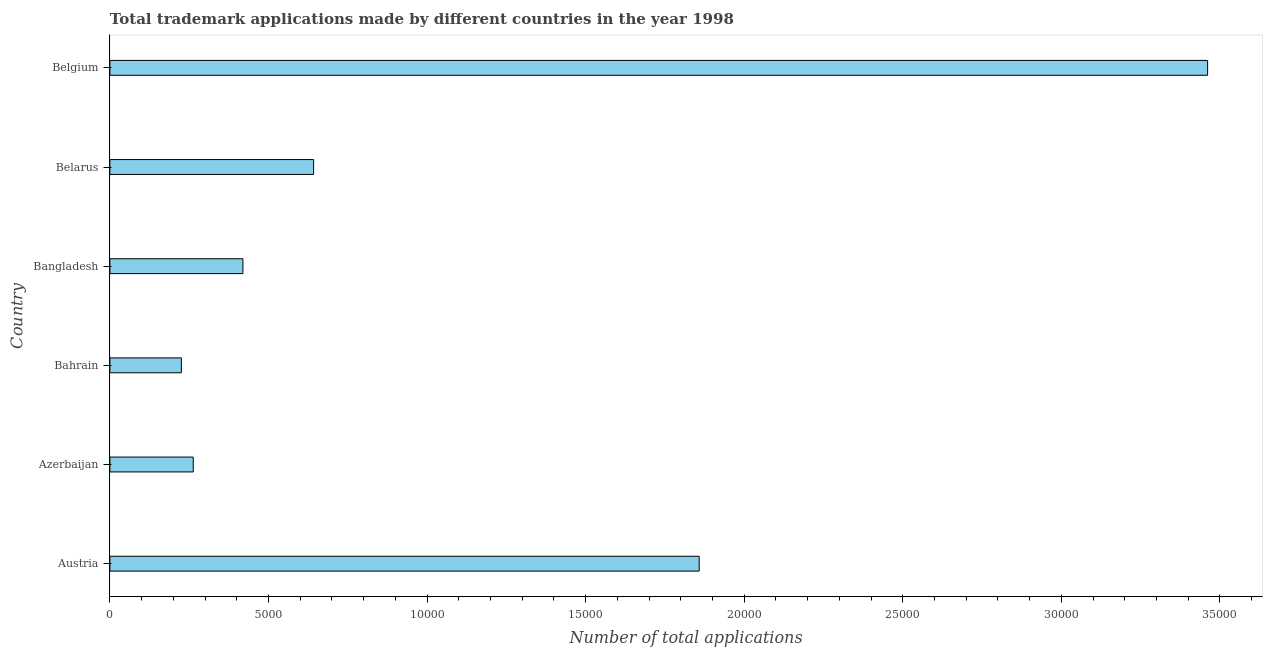
| Country | Trademark applications |
 | --- | --- |
 | Austria | 1.86e+04 |
 | Azerbaijan | 2.63e+03 |
 | Bahrain | 2.25e+03 |
 | Bangladesh | 4.2e+03 |
 | Belarus | 6.42e+03 |
 | Belgium | 3.46e+04 |